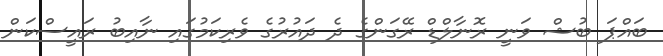
ބައްޕަ ބުޝް ވަނީ ރޮނާލްޑް ރޭގަންގެ ދެ ދައުރުގެ ވެރިކަމުގައި ނާއިބު ރައީސްކަން